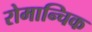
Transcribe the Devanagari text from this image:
रोमान्चिक